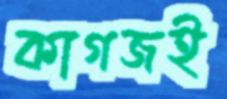
কাগজই